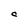
Character: C